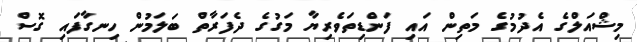
މިޝްއަލްގެ އެދުމުގެ މަތިން އައި ފަންޑިތަވެރިޔާ މަގުގެ ދެފަރާތް ބަލަމުން ހިނގާފައި ގޮސް